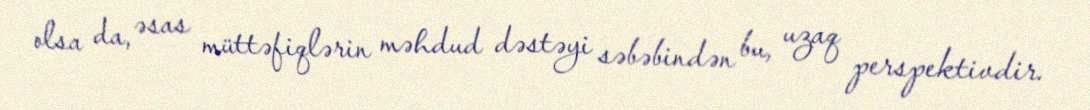
olsa da, əsas müttəfiqlərin məhdud dəstəyi səbəbindən bu, uzaq perspektivdir.